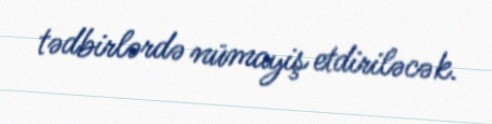
tədbirlərdə nümayiş etdiriləcək.